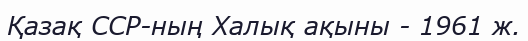
Қазақ ССР-ның Халық ақыны - 1961 ж.